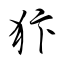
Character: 犿